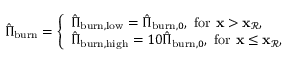
\begin{array} { r } { \hat { \Pi } _ { \mathrm { b u r n } } = \left\{ \begin{array} { l l } { \hat { \Pi } _ { \mathrm { b u r n } , \mathrm { l o w } } = \hat { \Pi } _ { \mathrm { b u r n } , 0 } , \mathrm { ~ f o r ~ } \mathbf { x } > \mathbf { x } _ { \mathcal { R } } , } \\ { \hat { \Pi } _ { \mathrm { b u r n } , \mathrm { h i g h } } = 1 0 \hat { \Pi } _ { \mathrm { b u r n } , 0 } , \mathrm { ~ f o r ~ } \mathbf { x } \le \mathbf { x } _ { \mathcal { R } } , } \end{array} \right. } \end{array}